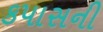
કપાસની